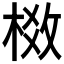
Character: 𬃈